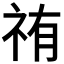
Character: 𮁰